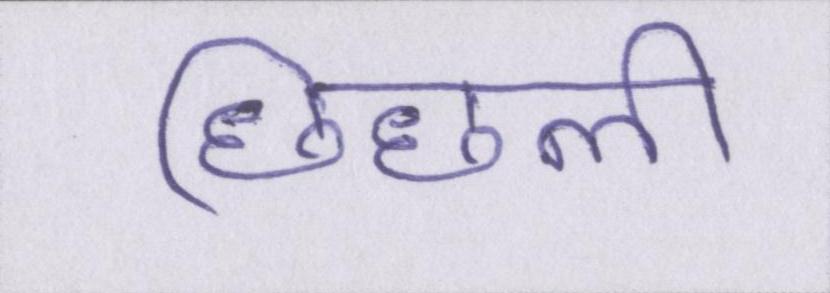
छिछली